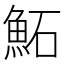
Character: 鮖